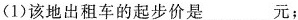
(1)该地出租车的起步价是___元；